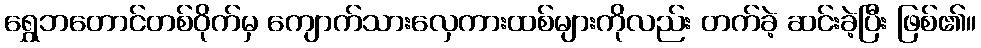
ရွှေဘတောင်တစ်ဝိုက်မှ ကျောက်သားလှေကားထစ်များကိုလည်း တက်ခဲ့ ဆင်းခဲ့ပြီး ဖြစ်၏။